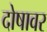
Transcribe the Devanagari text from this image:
दोषावर